Leningradi_Edasi_toimetus, lk 310
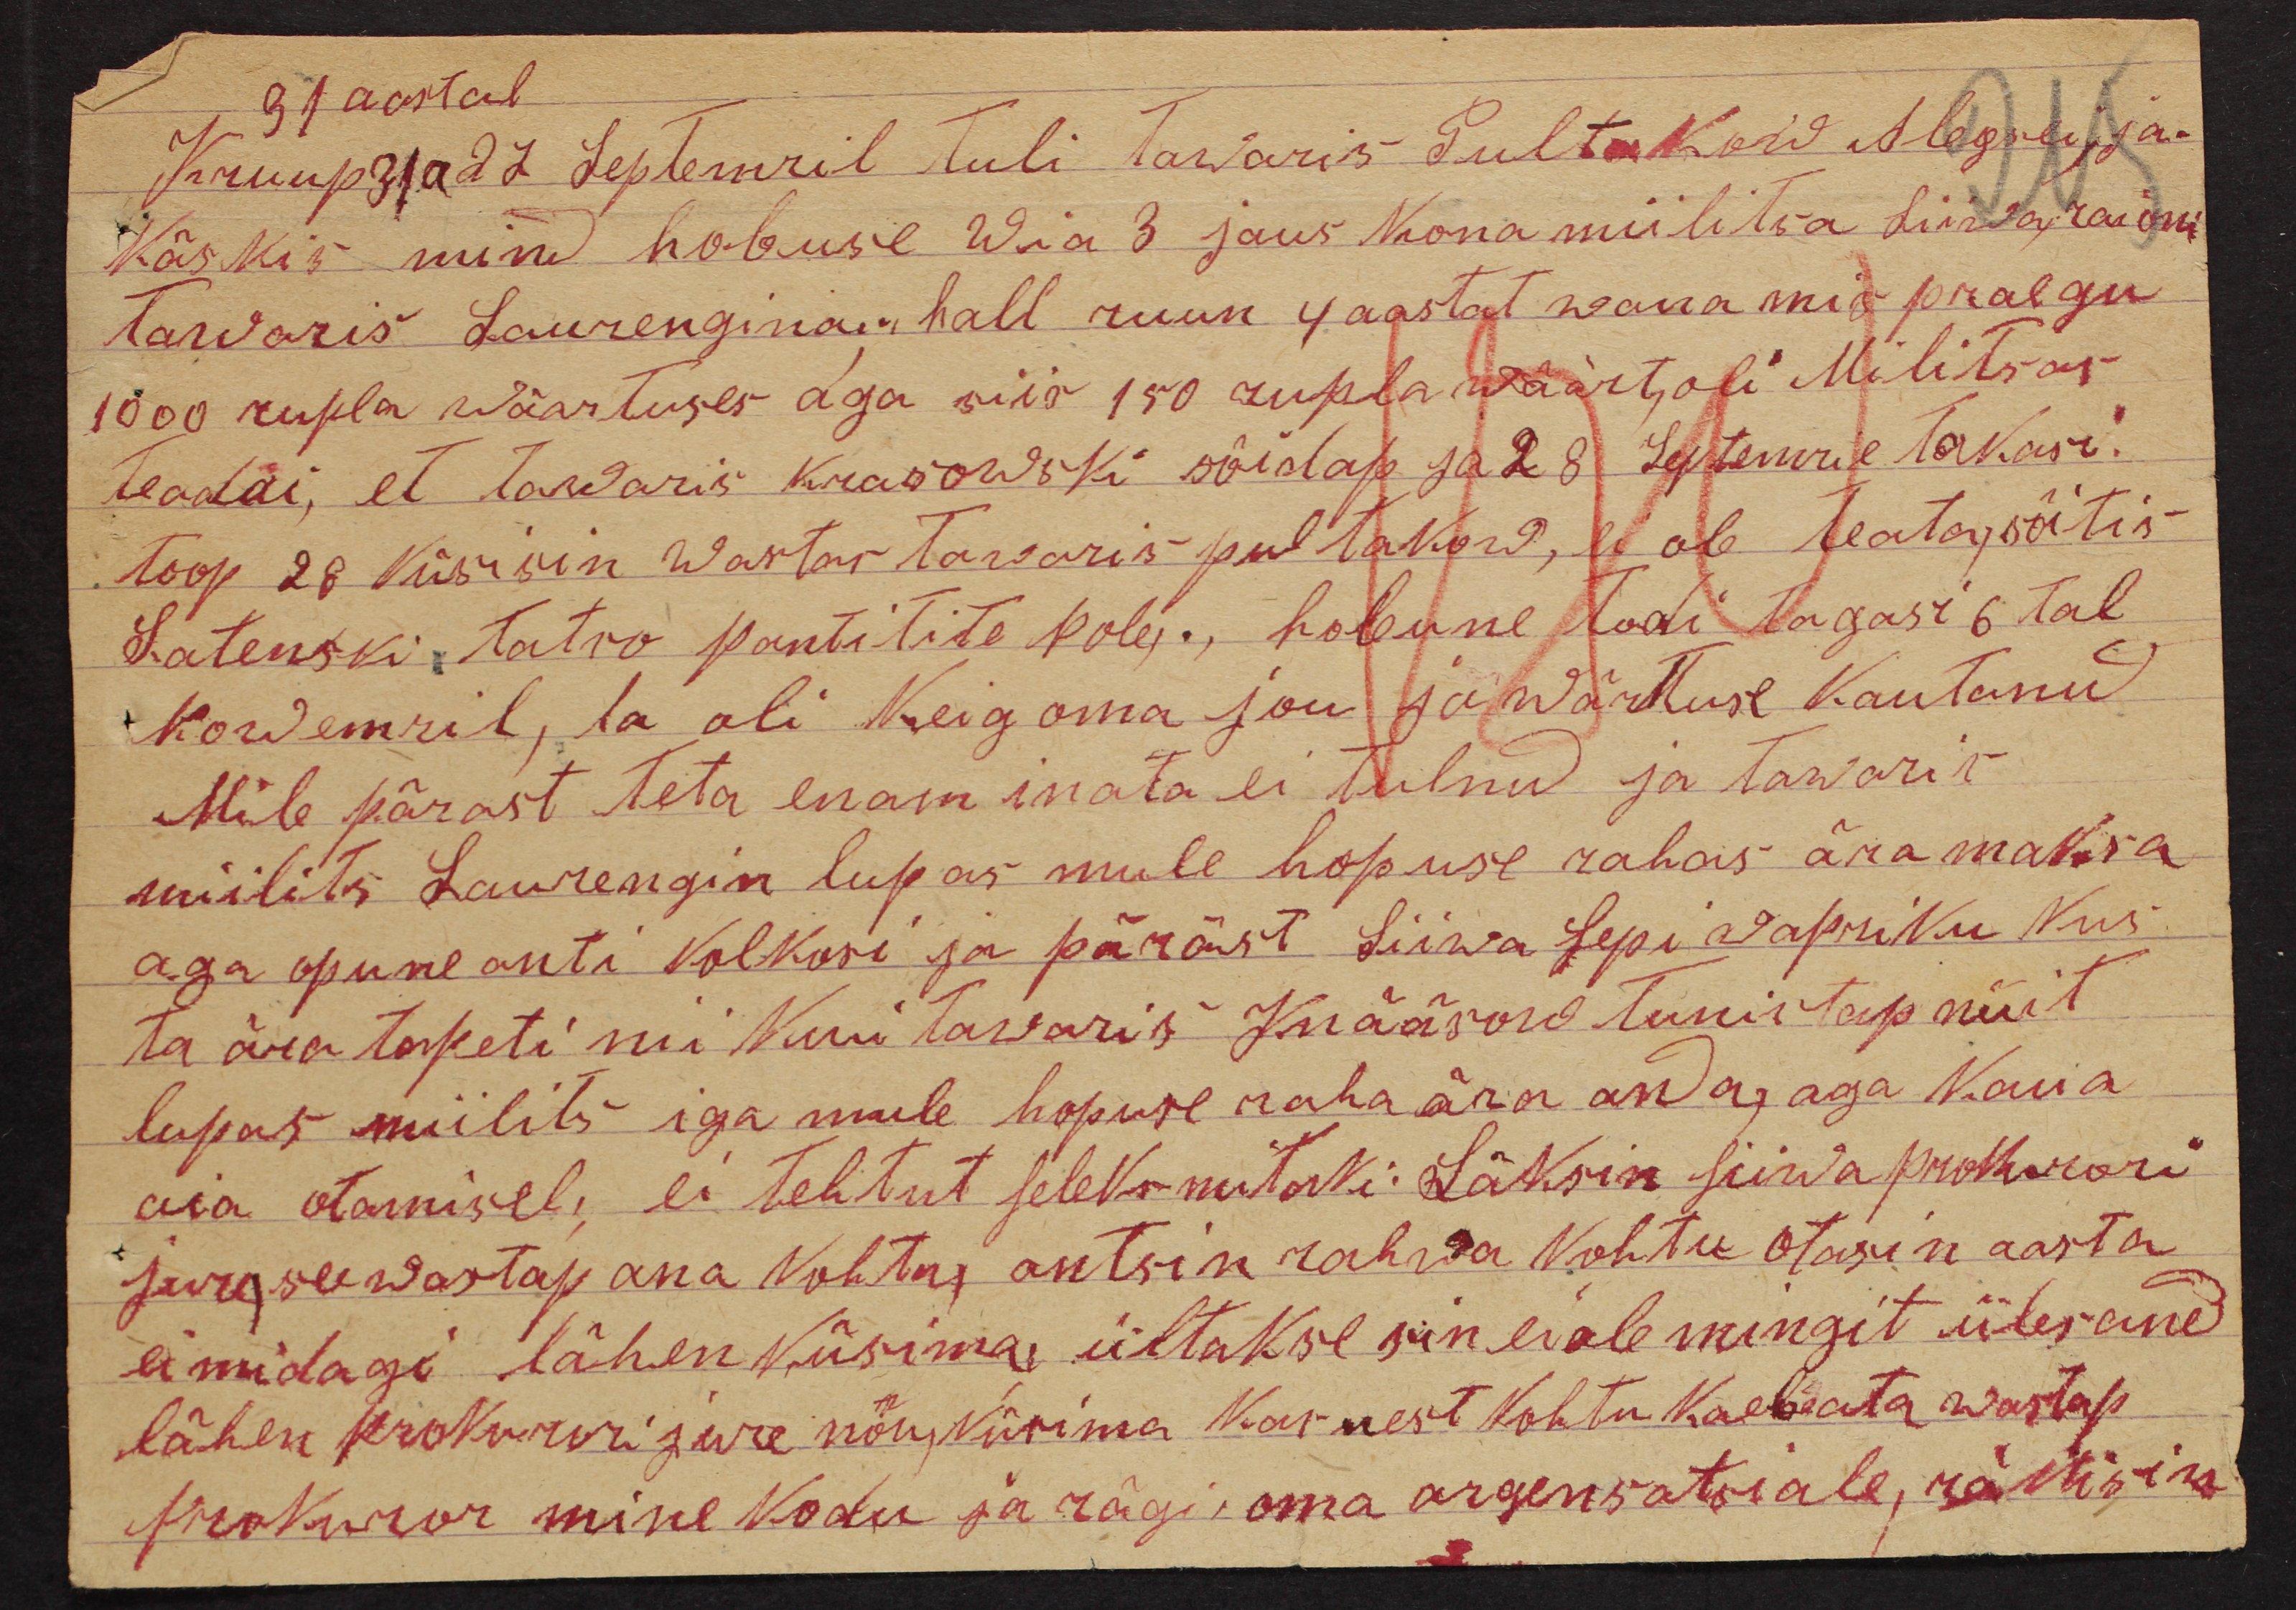
91 aastal

Kruup 31a 27 septemril tuli tawariš Pultakow Alegsei, ja-
Käskis mind hobuse Wia 3 jaus kona miilitsa Liiwa raioni
tawariš Laurenginai, hall ruun 4 aastat wana mis praegu
1000 rupla wäärtuses aga siis 150 rubla wäärt, oli Milits-as-
teadai, ei tawariš Krašowski sõidap ja 28 Septemril takasi.
toop 28 küsisin wastas tawariš pultakow, ei ole teata, sõitis
Latenski, Tatro pantitite pole,, hobune todi tagasi 6 tal
Nowemril, ta oli keig oma jõu ja wärtuse kautanud
Mile pärast teta enam inata ei tulnu ja tawariš
miilits Laurengin lupas mule hopuse rahas ära maksa
aga opune anti kolkosi ja pärast Liiwa Sepi wapriku kus
ta ära tapeti nii kui tawariš. Knääsow tunistap nüit
lupas miilits iga mule hobuse raha ära anda, aga kaua
aia otamisel, ei tehtut seleks mitaki. Läksin siiwa prokurori
jure se wastap ana kohtus, antsin rahwa kohtu otasin aasta
ei midagi lähen küsima ültakse sin ei ole mingit üles and
lähen prokurori jure nõu küsima kas nest kohtu kaebata wastap
prokuror mine kodu ja rägi oma argensatsiale, räkisin